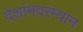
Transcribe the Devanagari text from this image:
देशांमदरम्यान